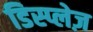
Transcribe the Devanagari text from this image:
डिस्प्लेज़